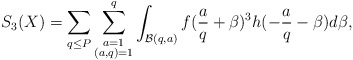
\begin{align*}S_3(X)=\sum_{q\le P}\sum_{\substack{a=1\\ (a,q)=1}}^q\int_{\mathcal{B}(q,a)}f(\frac{a}{q}+\beta)^3h(-\frac{a}{q}-\beta)d\beta,\end{align*}